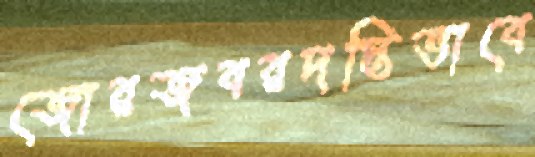
জোরজবরদস্তিভাবে